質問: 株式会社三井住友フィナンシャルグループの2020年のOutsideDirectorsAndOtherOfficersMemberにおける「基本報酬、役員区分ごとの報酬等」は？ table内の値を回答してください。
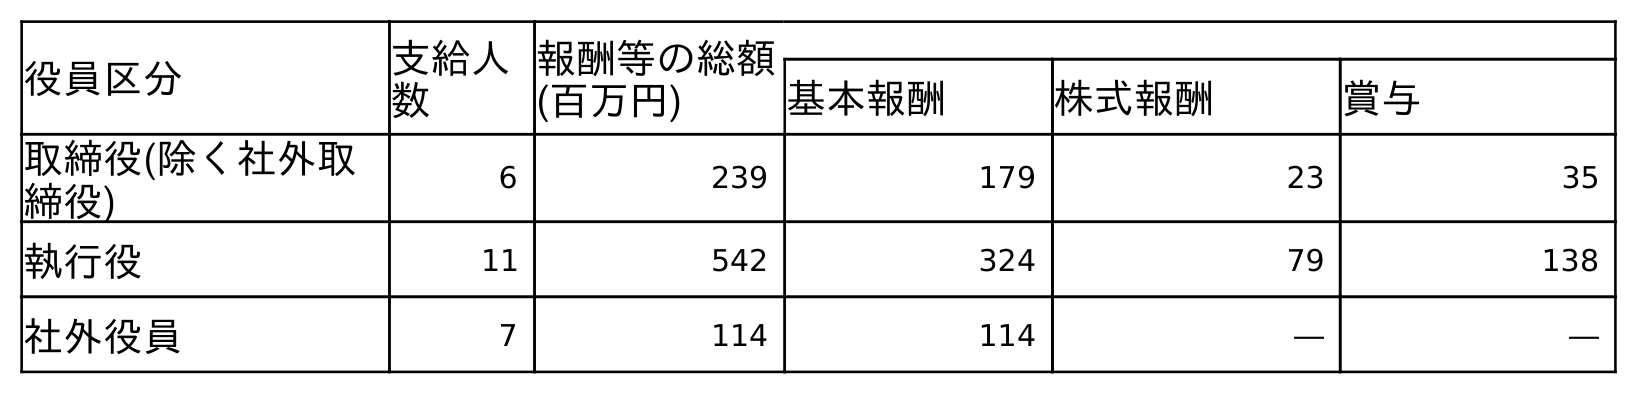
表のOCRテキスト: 役員区分 支給人 数 報酬等の総額 (百万円) 基本報酬 株式報酬 賞与 取締役(除く社外取 締役) 6 239 179 23 35 執行役 11 542 324 79 138 社外役員 7 114 114 ― ―
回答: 114